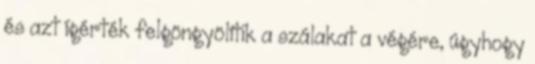
és azt ígérték felgöngyölítik a szálakat a végére, úgyhogy